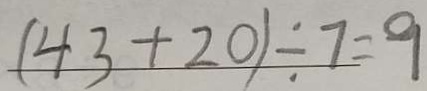
( 4 3 + 2 0 ) \div 7 = 9